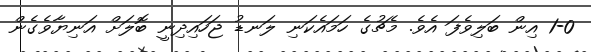
1-0 އިން ބަލިވެފަ އެވެ. މެޗުގެ ހަމައެކަނި ލަނޑު ޖަހައިދިނީ ބޮލަށް އަނިޔާވެގެން